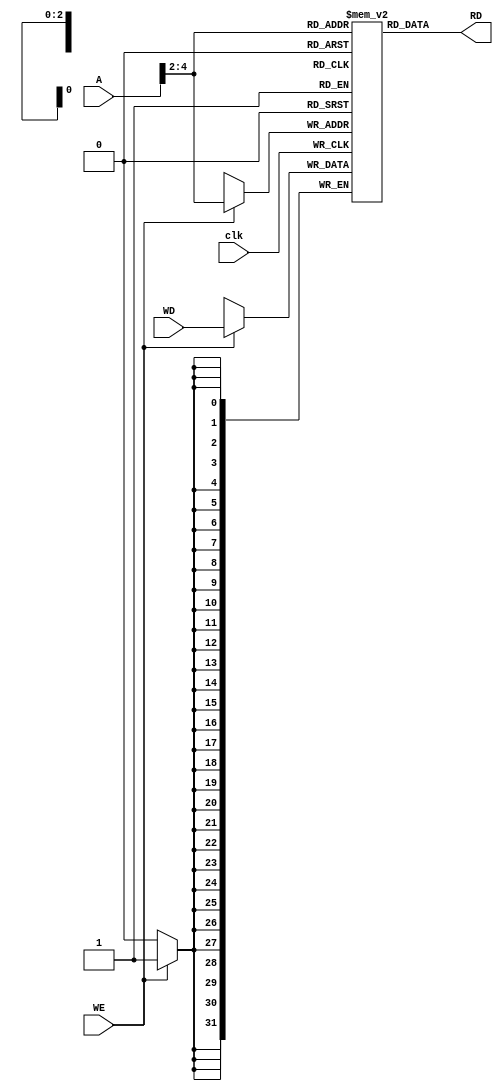
// dmem.v
// Very simple data memory for ARM single-cycle model.
// "Digital Design and Computer Architecture ARM EDITION," S.L. Harris and D.M. Harris.
// EE 4490 adapted from code by Jerry C. Hamann

module dmem(RD,A,WD,WE,clk);
  output  [31:0]  RD;
  input   [31:0]  A, WD;
  input           WE, clk;
  

  reg     [31:0]  RD;

  reg     [31:0]  dMem [7:0];

  always @(posedge clk)
    if(WE)
      dMem[A[4:2]] <= WD;

  always @(A,dMem[A[4:2]])
    RD = dMem[A[4:2]];
endmodule